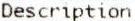
DESCRIPTION